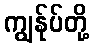
ကျွန်ုပ်တို့